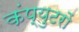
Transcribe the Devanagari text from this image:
कंप्युटरों